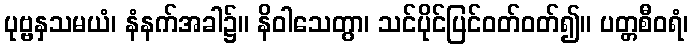
ပုဗ္ဗနှသမယံ၊ နံနက်အခါ၌။ နိဝါသေတွာ၊ သင်ပိုင်ပြင်ဝတ်ဝတ်၍။ ပတ္တစီဝရံ၊